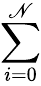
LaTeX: \sum_{i=0}^{\mathscr{N}}